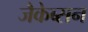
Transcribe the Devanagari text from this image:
जैकेब्सन